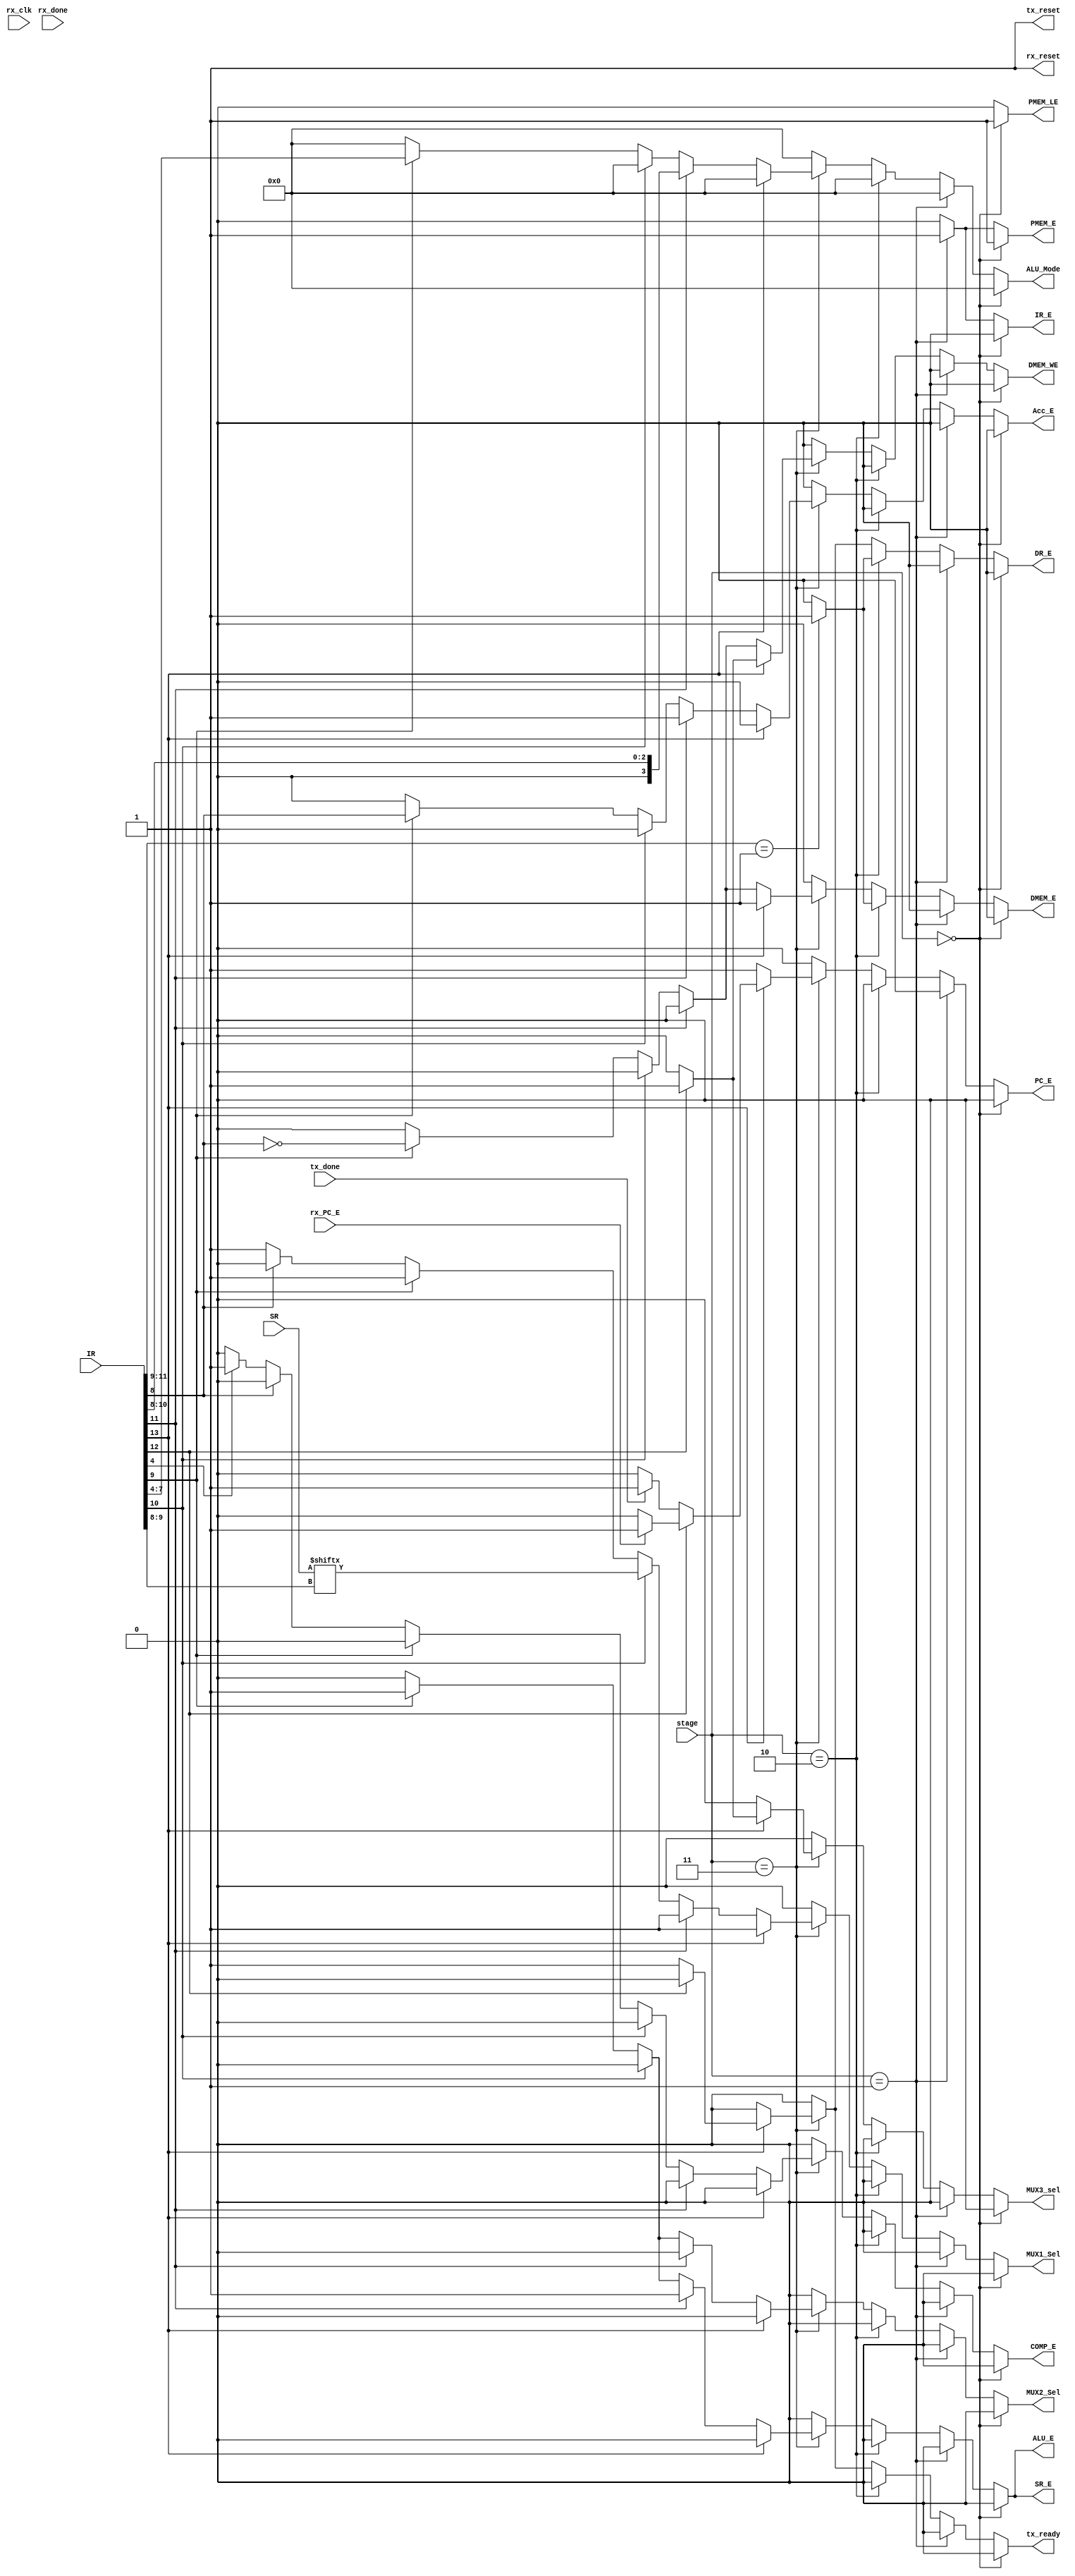
module CONTROL_LOGIC(
    input rx_clk,
    input [1:0] stage,
    input [13:0] IR,
    input [3:0] SR,
    input rx_PC_E, rx_done, tx_done,
    output reg PC_E, Acc_E, SR_E, IR_E, DR_E, PMEM_E, DMEM_E, DMEM_WE,
    output reg COMP_E, ALU_E, MUX1_Sel, MUX2_Sel, MUX3_sel, PMEM_LE,
    output reg rx_reset, tx_reset, tx_ready,
    output reg [3:0] ALU_Mode
);

parameter LOAD = 2'b00, FETCH = 2'b01, DECODE = 2'b10, EXECUTE = 2'b11;

always @(*) begin
    PC_E = 0;
    Acc_E = 0;
    SR_E = 0;
    IR_E = 0;
    DR_E = 0;
    PMEM_E = 0;
    PMEM_LE = 0;
    DMEM_E = 0;
    DMEM_WE = 0;
    ALU_E = 0;
    MUX1_Sel = 0;
    MUX2_Sel = 0;
    MUX3_sel = 0;
    ALU_Mode = 4'h0;
    COMP_E = 0;
    rx_reset = 1;
    tx_reset = 1;
    tx_ready = 0;
    if(stage == LOAD) begin
        PMEM_LE = 1;
        PMEM_E = 1;
    end
    else if(stage == FETCH) begin
        IR_E = 1;
        PMEM_E = 1;
    end
    else if(stage == DECODE) begin
        if(IR[11:9] == 3'b001) begin //M-type instructions
            DR_E = 1;
            DMEM_E = 1;
        end
        else begin
            DR_E = 0;
            DMEM_E = 0;
        end
    end
    else if(stage == EXECUTE) begin
        if(IR[13] == 1'b0) begin
            if(IR[11] == 1'b1) begin //I-type ALU instructions
                PC_E = 1;
                Acc_E = 1;
                SR_E = 1;
                ALU_E = 1;
                ALU_Mode = IR[10:8];
                MUX1_Sel = 1;
                MUX2_Sel = 0;
            end
            else if(IR[10] == 1'b1) begin //conditional branch (JZ,JC,JS,JO)
                PC_E = 1;
                MUX1_Sel = SR[IR[9:8]];
            end
            else if(IR[9] == 1'b1) begin //M-type ALU instructions
                PC_E = 1;
                Acc_E = IR[8];
                SR_E = 1;
                DMEM_E = !IR[8];
                DMEM_WE = !IR[8];
                ALU_E = 1;
                ALU_Mode = IR[7:4];
                MUX1_Sel = 1;
                MUX2_Sel = 1;
            end
            else if(IR[8] == 1'b1) begin //unconditional jump(GOTO)
                PC_E = 1;
                MUX2_Sel = 0;
            end
            else if(IR[8] == 1'b0) begin //special instructions(NOP)
                PC_E = 1;
                MUX1_Sel = 1;   
                if(IR[4]  == 1'b1)
                    COMP_E = 1;
            end
            else begin
                PC_E = 1;
                MUX1_Sel = 0;
            end
        end
        else if(IR[12] == 1'b1) begin
            MUX3_sel = 1;
            DMEM_E = 1;
            DMEM_WE = 1;
            MUX1_Sel = 1;
            PC_E = 0;
            if(rx_PC_E == 1) begin
                PC_E = 1;
            end
        end
        else if(IR[12] == 1'b0) begin
            DR_E = 1;
            DMEM_E = 1;
            tx_ready = 1;
            PC_E = 0;
            MUX1_Sel = 1;
            if(tx_done == 1)
                PC_E = 1;
        end
    end
end
endmodule